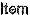
ITEM